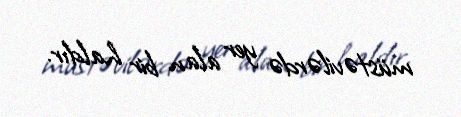
müstəvilərdə yer alan bir haldır.